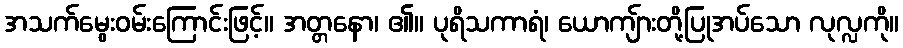
အသက်မွေးဝမ်းကြောင်းဖြင့်။ အတ္တနော၊ ၏။ ပုရိသကာရံ၊ ယောကျ်ားတို့ပြုအပ်သော လုလ္လကို။